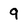
Character: 9